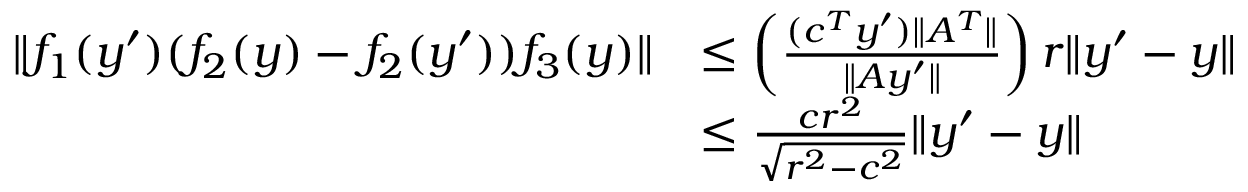
\begin{array} { r l } { \| f _ { 1 } ( y ^ { \prime } ) ( f _ { 2 } ( y ) - f _ { 2 } ( y ^ { \prime } ) ) f _ { 3 } ( y ) \| } & { \leq \left( \frac { ( c ^ { T } y ^ { \prime } ) \| A ^ { T } \| } { \| A y ^ { \prime } \| } \right) r \| y ^ { \prime } - y \| } \\ & { \leq \frac { c r ^ { 2 } } { \sqrt { r ^ { 2 } - c ^ { 2 } } } \| y ^ { \prime } - y \| } \end{array}